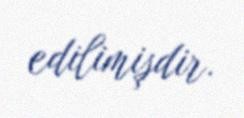
edilimişdir.